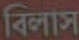
বিলাস